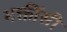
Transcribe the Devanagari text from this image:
भक्तींसी